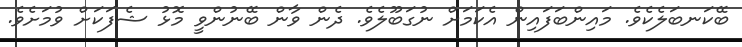
ބޭކަނބަލެކެވެ. މައިންބަފައިން އެކަމަށް ނުގަބޫލެވެ. ދެން ވާން ބޭނުންވީ މޮޅު ޝެފަކަށް ވުމަށެވެ.